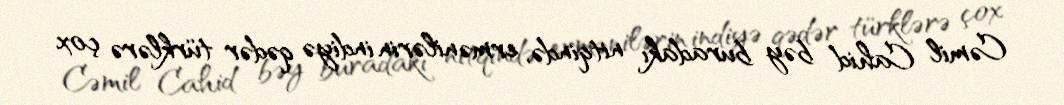
Cəmil Cahid bəy buradakı nitqində, ermənilərin indiyə qədər türklərə çox